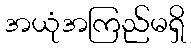
အယုံအကြည်မရှိ